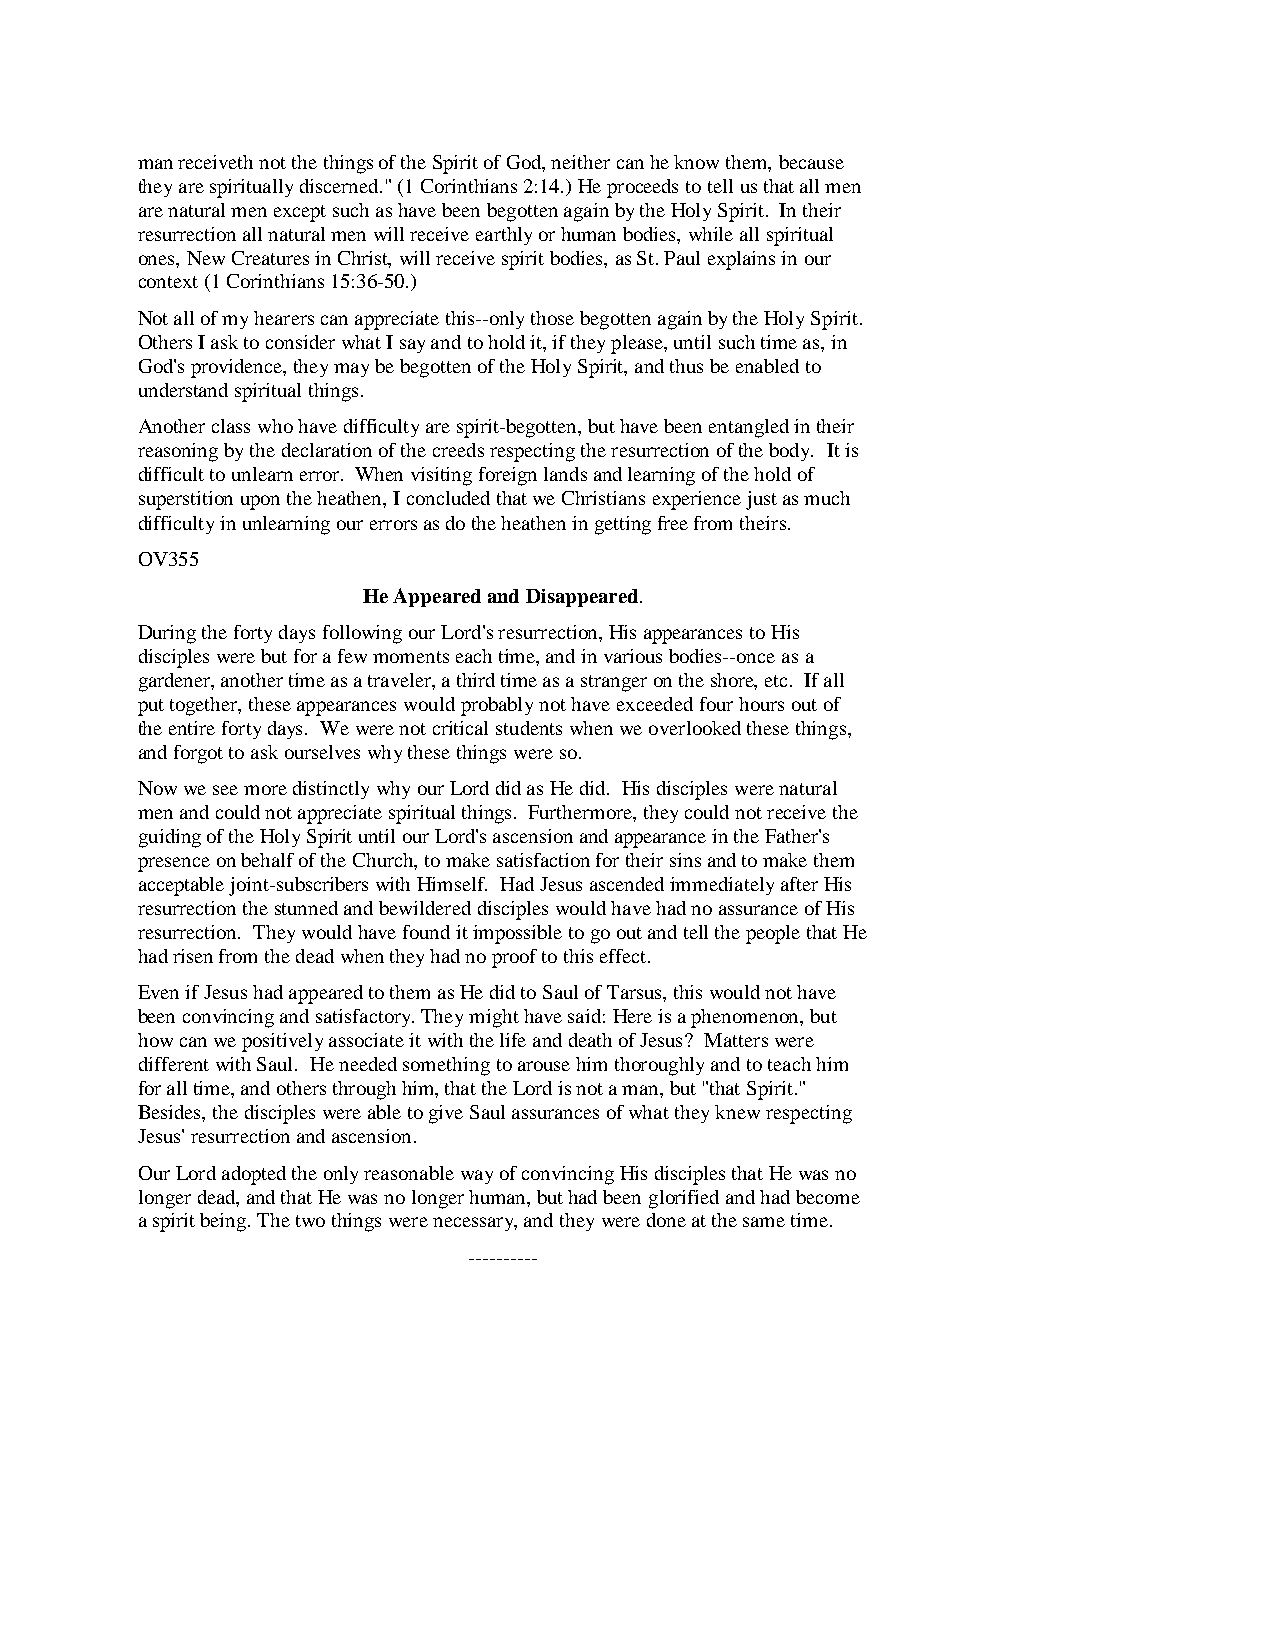
man receiveth not the things of the Spirit of God, neither can he know them, because
 they are spiritually discerned." (1 Corinthians 2:14.) He proceeds to tell us that all men
 are natural men except such as have been begotten again by the Holy Spirit. In their
 resurrection all natural men will receive earthly or human bodies, while all spiritual
 ones, New Creatures in Christ, will receive spirit bodies, as St. Paul explains in our
 context (1 Corinthians 15:36-50.)
 Not all of my hearers can appreciate this--only those begotten again by the Holy Spirit.
 Others I ask to consider what I say and to hold it, if they please, until such time as, in
 God's providence, they may be begotten of the Holy Spirit, and thus be enabled to
 understand spiritual things.
 Another class who have difficulty are spirit-begotten, but have been entangled in their
 reasoning by the declaration of the creeds respecting the resurrection of the body. It is
 difficult to unlearn error. When visiting foreign lands and learning of the hold of
 superstition upon the heathen, I concluded that we Christians experience just as much
 difficulty in unlearning our errors as do the heathen in getting free from theirs.
 OV355
 He Appeared and Disappeared.
 During the forty days following our Lord's resurrection, His appearances to His
 disciples were but for a few moments each time, and in various bodies--once as a
 gardener, another time as a traveler, a third time as a stranger on the shore, etc. If all
 put together, these appearances would probably not have exceeded four hours out of
 the entire forty days. We were not critical students when we overlooked these things,
 and forgot to ask ourselves why these things were so.
 Now we see more distinctly why our Lord did as He did. His disciples were natural
 men and could not appreciate spiritual things. Furthermore, they could not receive the
 guiding of the Holy Spirit until our Lord's ascension and appearance in the Father's
 presence on behalf of the Church, to make satisfaction for their sins and to make them
 acceptable joint-subscribers with Himself. Had Jesus ascended immediately after His
 resurrection the stunned and bewildered disciples would have had no assurance of His
 resurrection. They would have found it impossible to go out and tell the people that He
 had risen from the dead when they had no proof to this effect.
 Even if Jesus had appeared to them as He did to Saul of Tarsus, this would not have
 been convincing and satisfactory. They might have said: Here is a phenomenon, but
 how can we positively associate it with the life and death of Jesus? Matters were
 different with Saul. He needed something to arouse him thoroughly and to teach him
 for all time, and others through him, that the Lord is not a man, but "that Spirit."
 Besides, the disciples were able to give Saul assurances of what they knew respecting
 Jesus' resurrection and ascension.
 Our Lord adopted the only reasonable way of convincing His disciples that He was no
 longer dead, and that He was no longer human, but had been glorified and had become
 a spirit being. The two things were necessary, and they were done at the same time.
 ----------